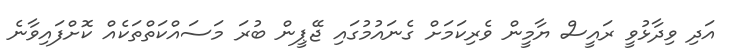
އަދި ވިދާޅުވީ ރައީސް ޔާމީން ވެރިކަމަށް ގެނައުމުގައި ޖޭޕީން ބުރަ މަސައްކަތްތަކެއް ކޮށްފައިވާނެ